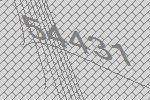
54431